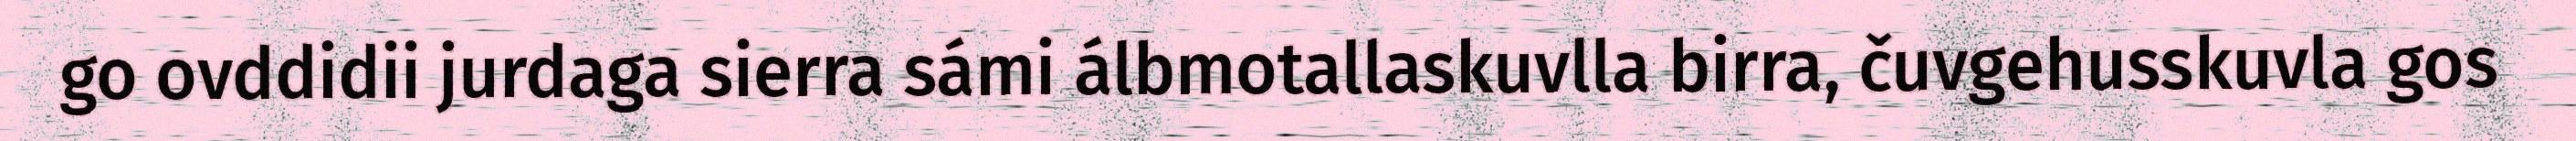
go ovddidii jurdaga sierra sámi álbmotallaskuvlla birra, čuvgehusskuvla gos